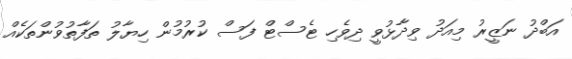
އަބްދު ނަޒީރު މިއަދު ވިދާޅުވީ ދިވެހި ޓެސްޓް ފަސް ކުރުމުން ހިޔާލު ތަފާތުވުންތަކެއް